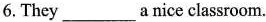
6.They ___ a nice classroom.